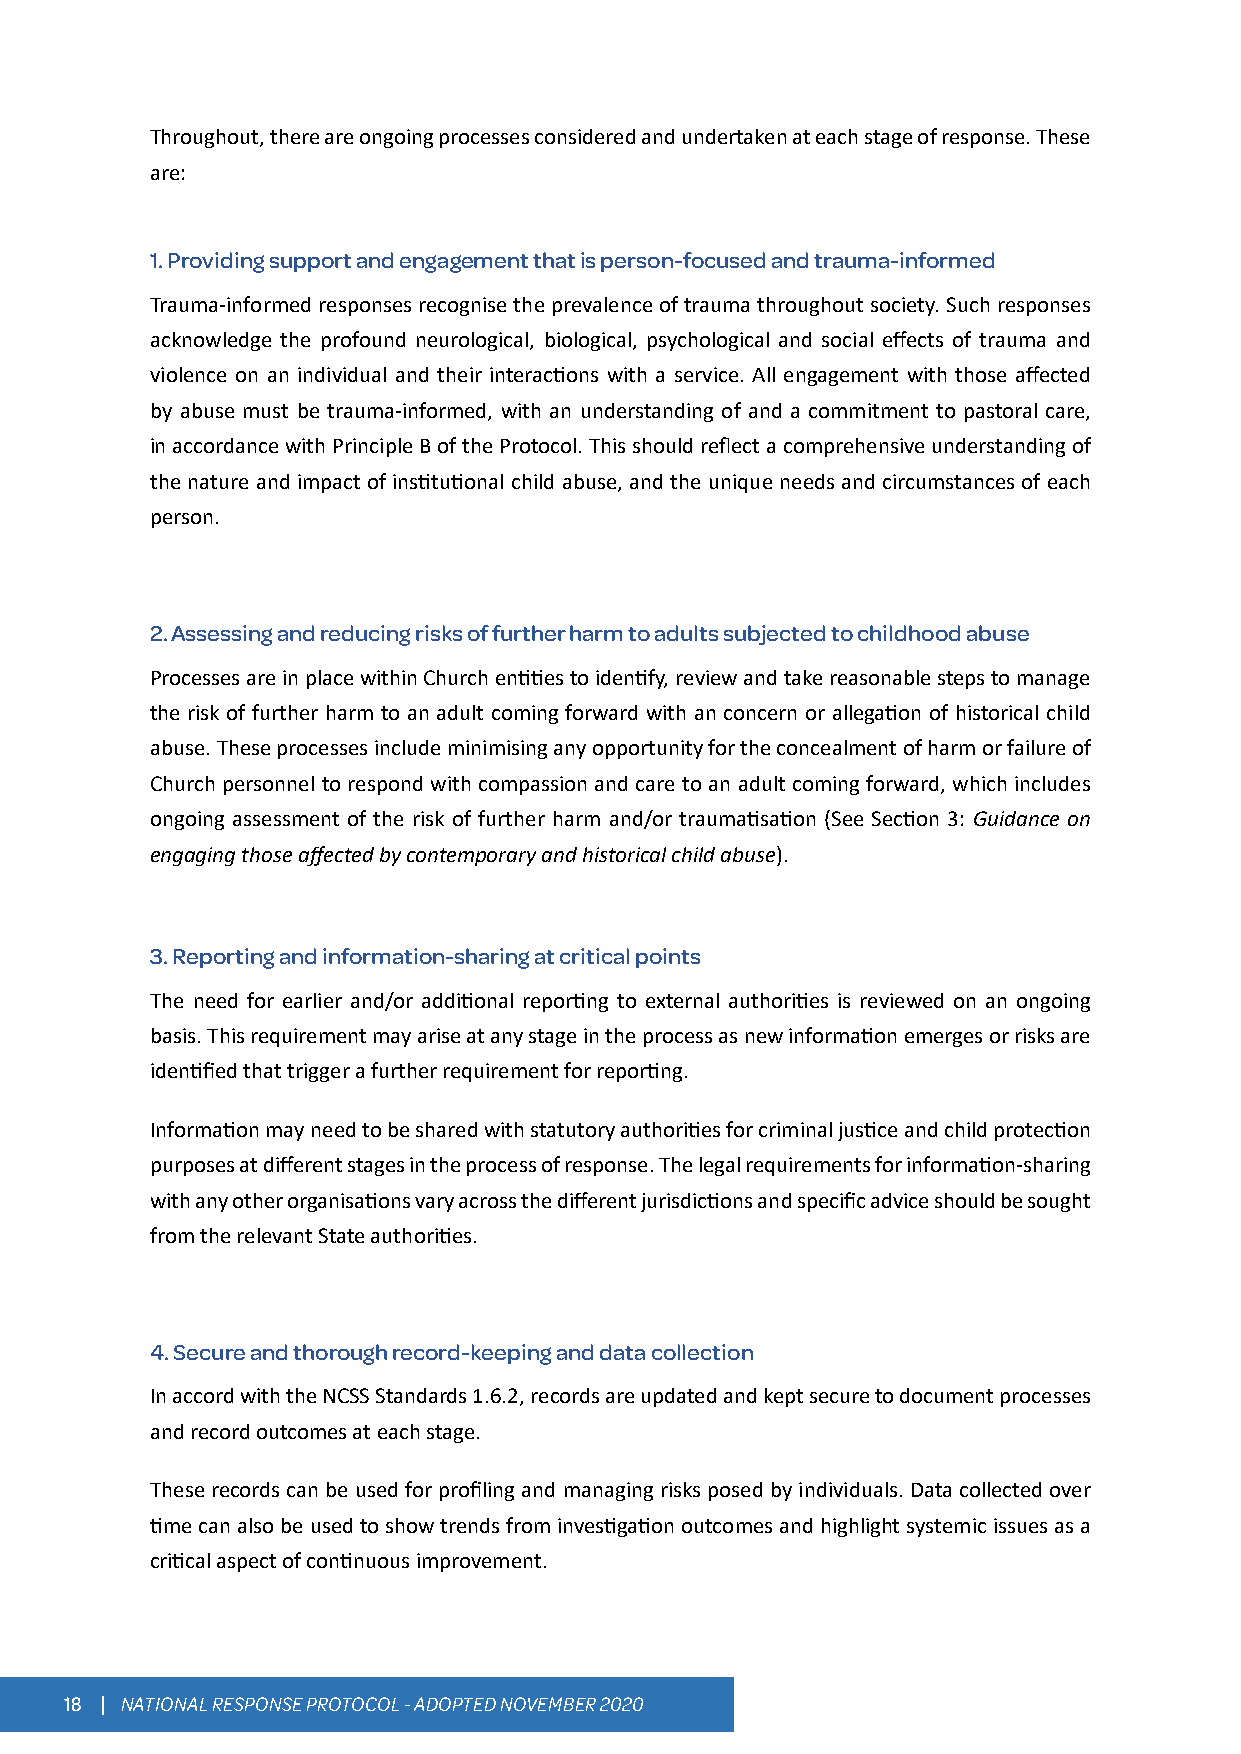
Throughout, there are ongoing processes considered and undertaken at each stage of response. These
 are:
 1. Providing support and engagement that is person-focused and trauma-informed
 Trauma-informed responses recognise the prevalence of trauma throughout society. Such responses
 acknowledge the profound neurological, biological, psychological and social effects of trauma and
 violence on an individual and their interactions with a service. All engagement with those affected
 by abuse must be trauma-informed, with an understanding of and a commitment to pastoral care,
 in accordance with Principle B of the Protocol. This should reflect a comprehensive understanding of
 the nature and impact of institutional child abuse, and the unique needs and circumstances of each
 person.
 2. Assessing and reducing risks of further harm to adults subjected to childhood abuse
 Processes are in place within Church entities to identify, review and take reasonable steps to manage
 the risk of further harm to an adult coming forward with an concern or allegation of historical child
 abuse. These processes include minimising any opportunity for the concealment of harm or failure of
 Church personnel to respond with compassion and care to an adult coming forward, which includes
 ongoing assessment of the risk of further harm and/or traumatisation (See Section 3: Guidance on
 engaging those affected by contemporary and historical child abuse).
 3. Reporting and information-sharing at critical points
 The need for earlier and/or additional reporting to external authorities is reviewed on an ongoing
 basis. This requirement may arise at any stage in the process as new information emerges or risks are
 identified that trigger a further requirement for reporting.
 Information may need to be shared with statutory authorities for criminal justice and child protection
 purposes at different stages in the process of response. The legal requirements for information-sharing
 with any other organisations vary across the different jurisdictions and specific advice should be sought
 from the relevant State authorities.
 4. Secure and thorough record-keeping and data collection
 In accord with the NCSS Standards 1.6.2, records are updated and kept secure to document processes
 and record outcomes at each stage.
 These records can be used for profiling and managing risks posed by individuals. Data collected over
 time can also be used to show trends from investigation outcomes and highlight systemic issues as a
 critical aspect of continuous improvement.
 18 | NATIONAL RESPONSE PROTOCOL - ADOPTED NOVEMBER 2020